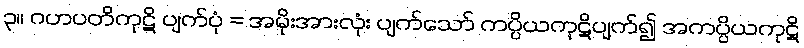
၃။ ဂဟပတိကုဋိ ပျက်ပုံ = အမိုးအားလုံး ပျက်သော် ကပ္ပိယကုဋိပျက်၍ အကပ္ပိယကုဋိ